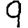
Digit: 9